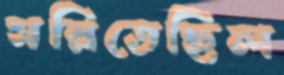
সরিতেছিল